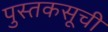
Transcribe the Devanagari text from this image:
पुस्तकसूची